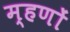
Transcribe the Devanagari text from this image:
म्हणों